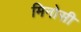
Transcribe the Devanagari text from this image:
मिनोसी